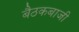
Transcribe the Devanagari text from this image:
बैठकबाजी